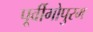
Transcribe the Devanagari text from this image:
पूर्वीगोपुरम